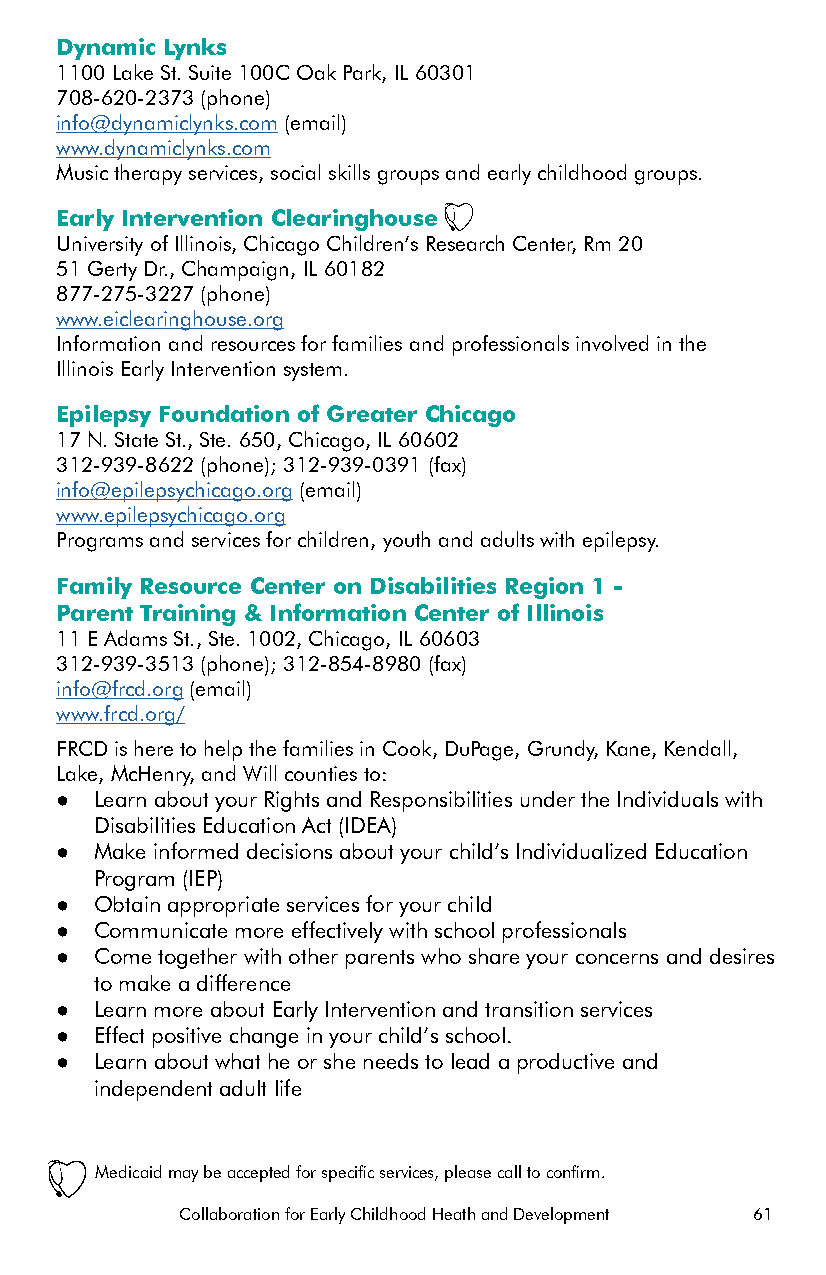
Dynamic Lynks
 1100 Lake St. Suite 100C Oak Park, IL 60301
 708-620-2373 (phone)
 info@dynamiclynks.com (email)
 www.dynamiclynks.com
 Music therapy services, social skills groups and early childhood groups.
 Early Intervention Clearinghouse
 University of Illinois, Chicago Children’s Research Center, Rm 20
 51 Gerty Dr., Champaign, IL 60182
 877-275-3227 (phone)
 www.eiclearinghouse.org
 Information and resources for families and professionals involved in the
 Illinois Early Intervention system.
 Epilepsy Foundation of Greater Chicago
 17 N. State St., Ste. 650, Chicago, IL 60602
 312-939-8622 (phone); 312-939-0391 (fax)
 info@epilepsychicago.org (email)
 www.epilepsychicago.org
 Programs and services for children, youth and adults with epilepsy.
 Family Resource Center on Disabilities Region 1 -
 Parent Training & Information Center of Illinois
 11 E Adams St., Ste. 1002, Chicago, IL 60603
 312-939-3513 (phone); 312-854-8980 (fax)
 info@frcd.org (email)
 www.frcd.org/
 FRCD is here to help the families in Cook, DuPage, Grundy, Kane, Kendall,
 Lake, McHenry, and Will counties to:
 ● Learn about your Rights and Responsibilities under the Individuals with
 Disabilities Education Act (IDEA)
 ● Make informed decisions about your child’s Individualized Education
 Program (IEP)
 ● Obtain appropriate services for your child
 ● Communicate more effectively with school professionals
 ● Come together with other parents who share your concerns and desires
 to make a difference
 ● Learn more about Early Intervention and transition services
 ● Effect positive change in your child’s school.
 ● Learn about what he or she needs to lead a productive and
 independent adult life
 Medicaid may be accepted for specific services, please call to confirm.
 Collaboration for Early Childhood Heath and Development 61